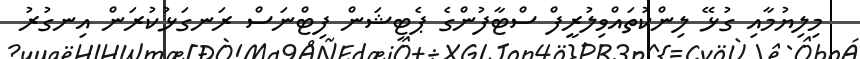
މިލިޔުމާއި ގުޅޭ ލިންކުތައްވިލުރީފް ސްޓާފުންގެ ޕެޓިޝަން ފިޓްނަސް ރަނގަޅުކުރަން އިނގުރު